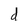
Character: d